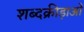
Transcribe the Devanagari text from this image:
शब्दक्रीड़ाओं